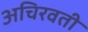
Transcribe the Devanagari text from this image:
अचिरवती